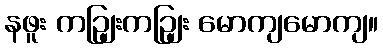
နဖူး ကဉျြးကဉျြး မောကျမောကျ။